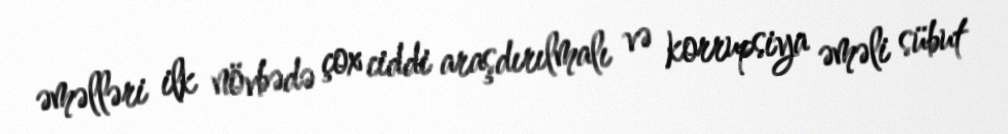
əməlləri ilk növbədə çox ciddi araşdırılmalı və korrupsiya əməli sübut